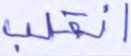
انقلب